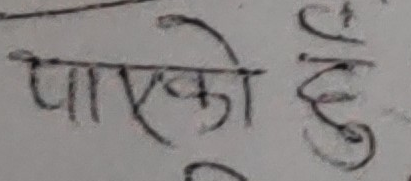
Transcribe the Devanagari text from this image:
पाएको छु